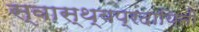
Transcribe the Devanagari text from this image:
स्वास्थ्यप्रदायिनी